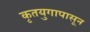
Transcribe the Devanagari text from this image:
कृतयुगापासून